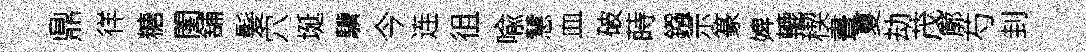
鼎徉糖閨舖髮穴埏驥今连徂喩慧血破蒔鏹示篆婢轆稧晝夏劫茂廓芍刲